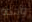
واحدة